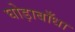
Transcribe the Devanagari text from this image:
घोड़ाबाँधा